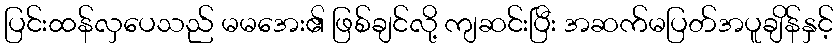
ပြင်းထန်လှပေသည် မမအေး၏ ဖြစ်ချင်လို့ ကျဆင်းပြီး အဆက်မပြတ်အပူချိန်နှင့်